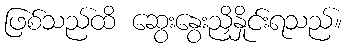
ဖြစ်သည်ထိ ဆွေးနွေးညှိနှိုင်းရသည်။